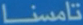
تامسنا